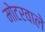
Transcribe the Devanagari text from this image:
मोटरवाले